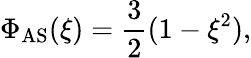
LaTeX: \Phi_{\mathrm{AS}}(\xi)=\frac{3}{2}(1-\xi^{2}),